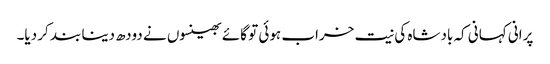
پرانی کہانی کہ بادشاہ کی نیت خراب ہوئی تو گائے بھینسوں نے دودھ دینا بند کر دیا۔